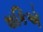
શકિઍ